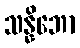
သန္နိဘော